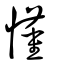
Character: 懂